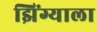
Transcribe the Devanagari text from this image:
झिंग्याला